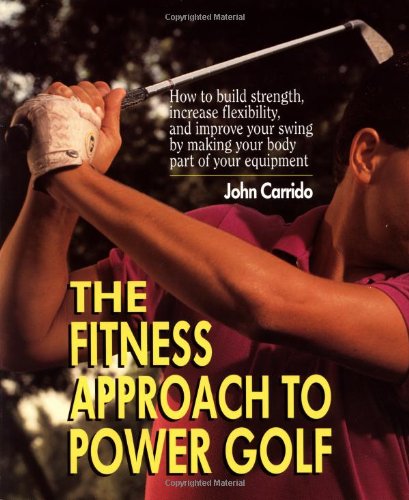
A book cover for The Fitness Approach  TO Power Golf; John Carrido; Sports & Outdoors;